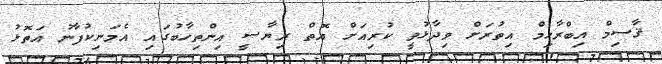
ޤާސިމް އިބްރާހިމް އިތުރަށް ވިދާޅުވީ ކުރިއަށް އޮތް ރިޔާސީ އިންތިހާބުގައި އެމަނިކުފާނު އަތޮޅު